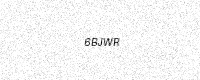
Text: 6BJWR